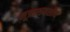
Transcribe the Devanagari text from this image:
मूत्राशयशोथ